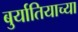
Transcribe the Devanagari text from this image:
बुर्यातियाच्या